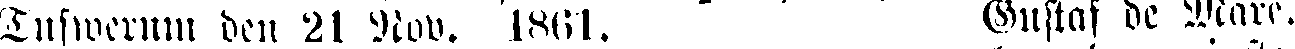
Tufweran den 21 Nov. 1861. Gustaf de Mare.